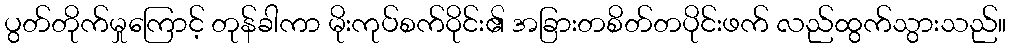
ပွတ်တိုက်မှုကြောင့် တုန်ခါကာ မိုးကုပ်စက်ဝိုင်း၏ အခြားတစိတ်တပိုင်းဖက် လည်ထွက်သွားသည်။